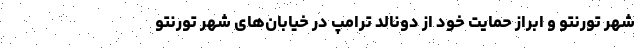
شهر تورنتو و ابراز حمایت خود از دونالد ترامپ در خیابان‌های شهر تورنتو